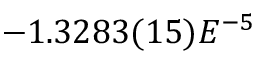
- 1 . 3 2 8 3 ( 1 5 ) E ^ { - 5 }